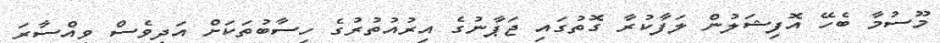
މޫސުމާ ބެހޭ އޮފިޝަލުން ލަފާކުރާ ގޮތުގައި ޖަޕާނުގެ އިރުއުތުރުގެ ހިސާބުތަކަށް އަދިވެސް ވިއްސާރަ